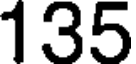
135